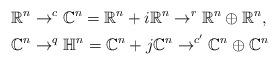
LaTeX: \begin{align*}\mathbb{R}^{n} & \rightarrow^{c}\mathbb{C}^{n}=\mathbb{R}^{n}+i\mathbb{R}^{n}\rightarrow^{r}\mathbb{R}^{n}\oplus\mathbb{R}^{n},\\\mathbb{C}^{n} & \rightarrow^{q}\mathbb{H}^{n}=\mathbb{C}^{n}+j\mathbb{C}^{n}\rightarrow^{c^{\prime}}\mathbb{C}^{n}\oplus\mathbb{C}^{n}\end{align*}